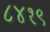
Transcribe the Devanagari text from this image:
८४१९